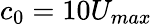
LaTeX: c_{0}=10U_{max}